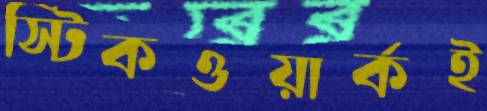
স্টিকওয়ার্কই